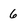
Character: 6